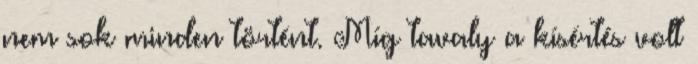
nem sok minden történt. Míg tavaly a kísértés volt